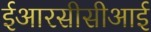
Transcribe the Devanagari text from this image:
ईआरसीसीआई